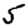
Digit: 5